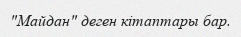
"Майдан" деген кітаптары бар.